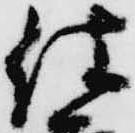
仕